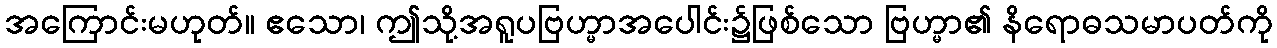
အကြောင်းမဟုတ်။ ဧသော၊ ဤသို့အရူပဗြဟ္မာအပေါင်း၌ဖြစ်သော ဗြဟ္မာ၏ နိရောဓသမာပတ်ကို